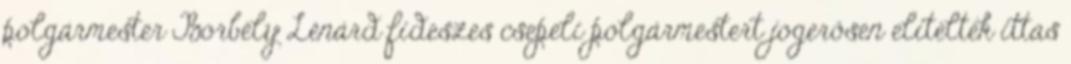
polgármester Borbély Lénárd fideszes csepeli polgármestert jogerősen elítélték ittas